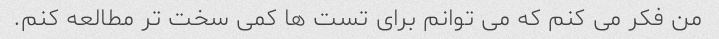
من فکر می کنم که می توانم برای تست ها کمی سخت تر مطالعه کنم.